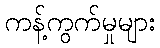
ကန့်ကွက်မှုများ